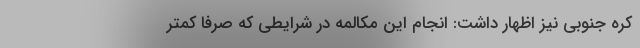
کره جنوبی نیز اظهار داشت: انجام این مکالمه در شرایطی که صرفاً کمتر